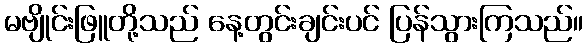
မဗျိုင်းဖြူတို့သည် နေ့တွင်းချင်းပင် ပြန်သွားကြသည်။